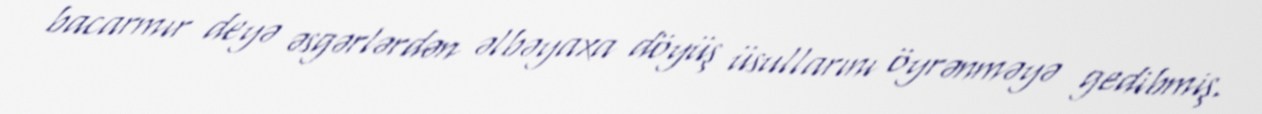
bacarmır deyə əsgərlərdən əlbəyaxa döyüş üsullarını öyrənməyə gedibmiş.